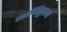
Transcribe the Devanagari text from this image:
पराम्बिकुलम